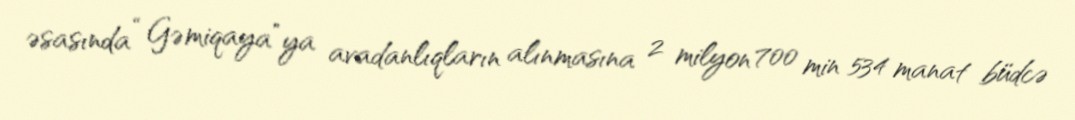
əsasında “Gəmiqaya”ya avadanlıqların alınmasına 2 milyon 700 min 534 manat büdcə